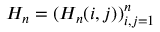
\textstyle H _ { n } = ( H _ { n } ( i , j ) ) _ { i , j = 1 } ^ { n }